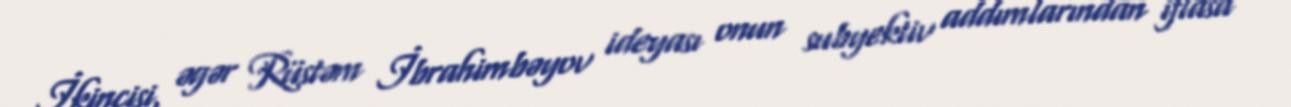
İkincisi, əgər Rüstəm İbrahimbəyov ideyası onun subyektiv addımlarından iflasa